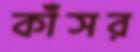
কাঁসর